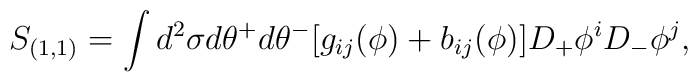
S_{(1,1)} = \int d^2 \sigma d\theta^+ d\theta^- [ g_{ij}(\phi ) + b_{ij} (\phi)]D_+ \phi^i D_- \phi^j  ,